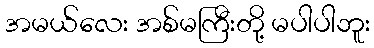
အမယ်လေး အစ်မကြီးတို့ မပါပါဘူး